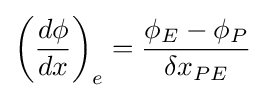
\left({\frac {d\phi }{dx}}\right)_{e}={\frac {\phi _{E}-\phi _{P}}{\delta x_{PE}}}